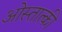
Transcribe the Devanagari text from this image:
ओस्तात्की